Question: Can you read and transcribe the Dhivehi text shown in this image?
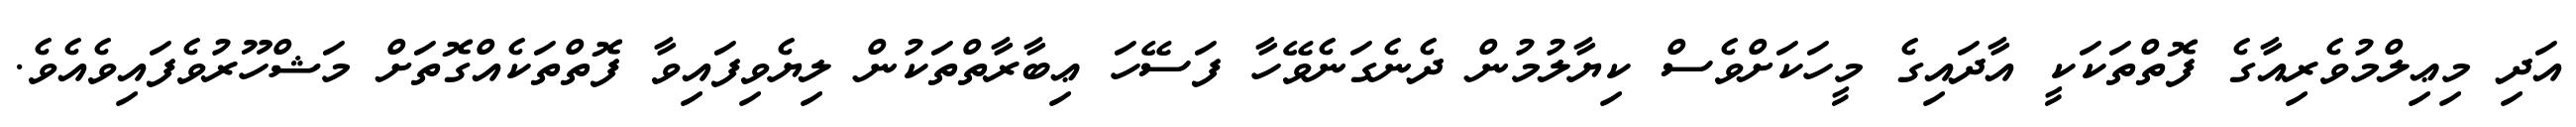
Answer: އަދި މިޢިލްމުވެރިއާގެ ފޮތްތަކަކީ އާދައިގެ މީހަކަށްވެސް ކިޔާލުމުން ދެނެގަނެވޭހާ ފަސޭހަ ޢިބާރާތްތަކުން ލިޔެވިފައިވާ ފޮތްތަކެއްގޮތަށް މަޝްހޫރުވެފައިވެއެވެ.